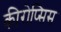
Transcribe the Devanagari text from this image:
कीरोप्सिस